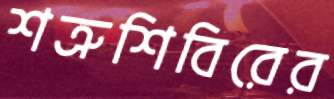
শত্রুশিবিরের